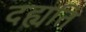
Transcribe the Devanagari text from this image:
दह्यति